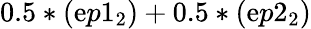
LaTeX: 0.5*(\mathrm{e}p1_{2})+0.5*(\mathrm{e}p2_{2})